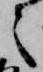
々